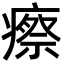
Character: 瘵